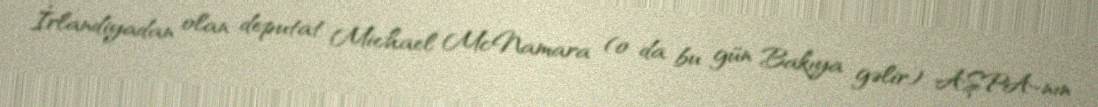
İrlandiyadan olan deputat Michael McNamara (o da bu gün Bakıya gəlir) AŞPA-nın